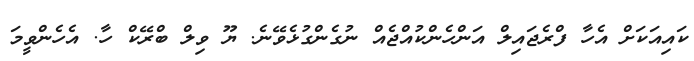
ކައިއަކަށް އެހާ ފްރެޖައިލް އަންހެންކުއްޖެއް ނުގެންގުޅެވޭނެ. ޔޫ ވިލް ބްރޭކް ހާ. އެހެންވީމަ